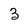
Character: 3